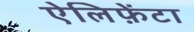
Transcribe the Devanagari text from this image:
ऐलिफ़ेंटा